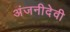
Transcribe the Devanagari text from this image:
अंजनीदेवी